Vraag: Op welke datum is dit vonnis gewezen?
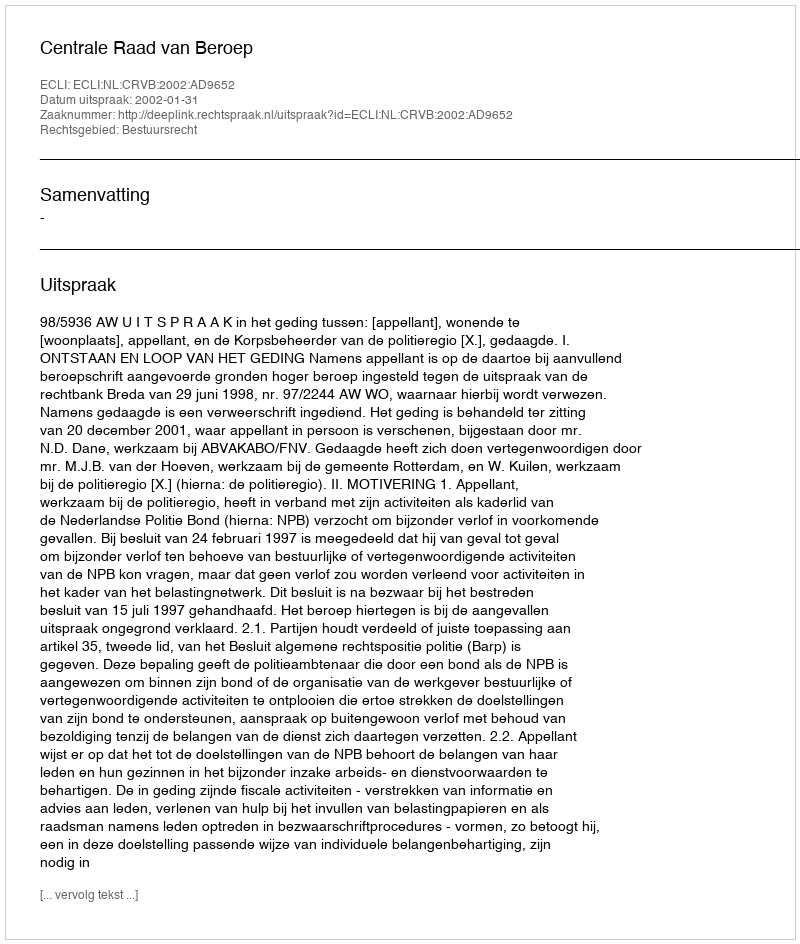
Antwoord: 2002-01-31